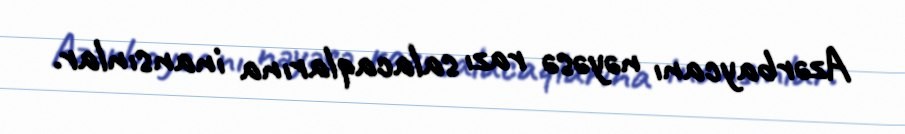
Azərbaycanı nəyəsə razı salacaqlarına inansınlar.